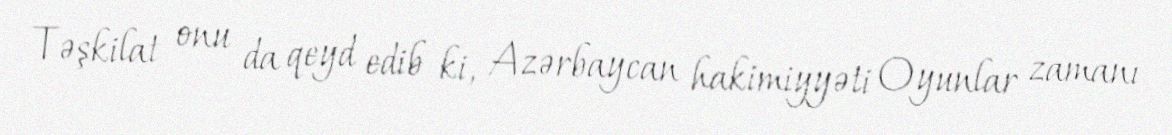
Təşkilat onu da qeyd edib ki, Azərbaycan hakimiyyəti Oyunlar zamanı